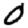
Digit: 0